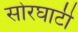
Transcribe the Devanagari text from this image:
सोरघाटी